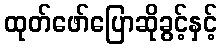
ထုတ်ဖော်ပြောဆိုခွင့်နှင့်